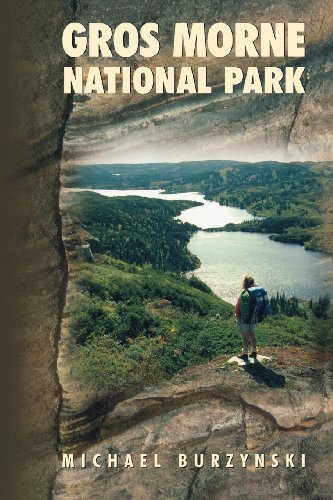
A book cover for Gros Morne National Park; Michael Burzynski; Travel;